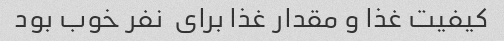
کیفیت غذا و مقدار غذا برای  نفر خوب بود